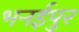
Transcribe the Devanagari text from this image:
भनईपुर